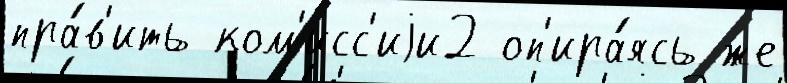
пра́в'ить ком'исс'иjи2 оп'ира́ясь же